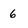
Character: 6